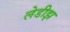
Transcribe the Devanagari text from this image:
लेडीझ